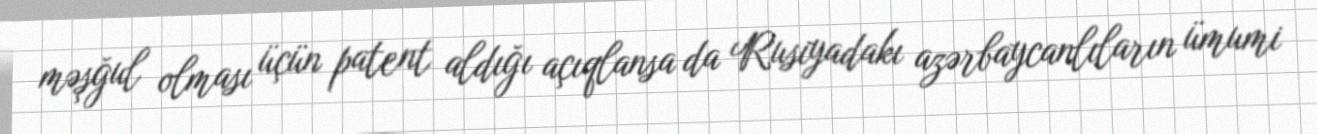
məşğul olması üçün patent aldığı açıqlansa da Rusiyadakı azərbaycanlıların ümumi